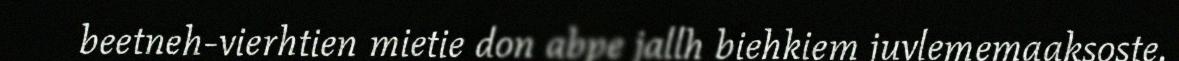
beetneh-vierhtien mietie don abpe jallh biehkiem juvlememaaksoste.